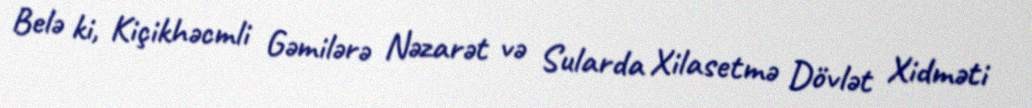
Belə ki, Kiçikhəcmli Gəmilərə Nəzarət və Sularda Xilasetmə Dövlət Xidməti